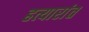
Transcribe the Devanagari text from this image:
हत्यारांत